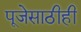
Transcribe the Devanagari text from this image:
पूजेसाठीही